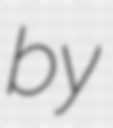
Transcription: by